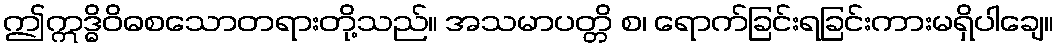
ဤဣဒ္ဓိဝိဓစသောတရားတို့သည်။ အသမာပတ္တိ စ၊ ရောက်ခြင်းရခြင်းကားမရှိပါချေ။